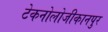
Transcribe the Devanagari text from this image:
टेकनोलोजीकानपुर